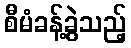
စီမံခန့်ခွဲသည့်